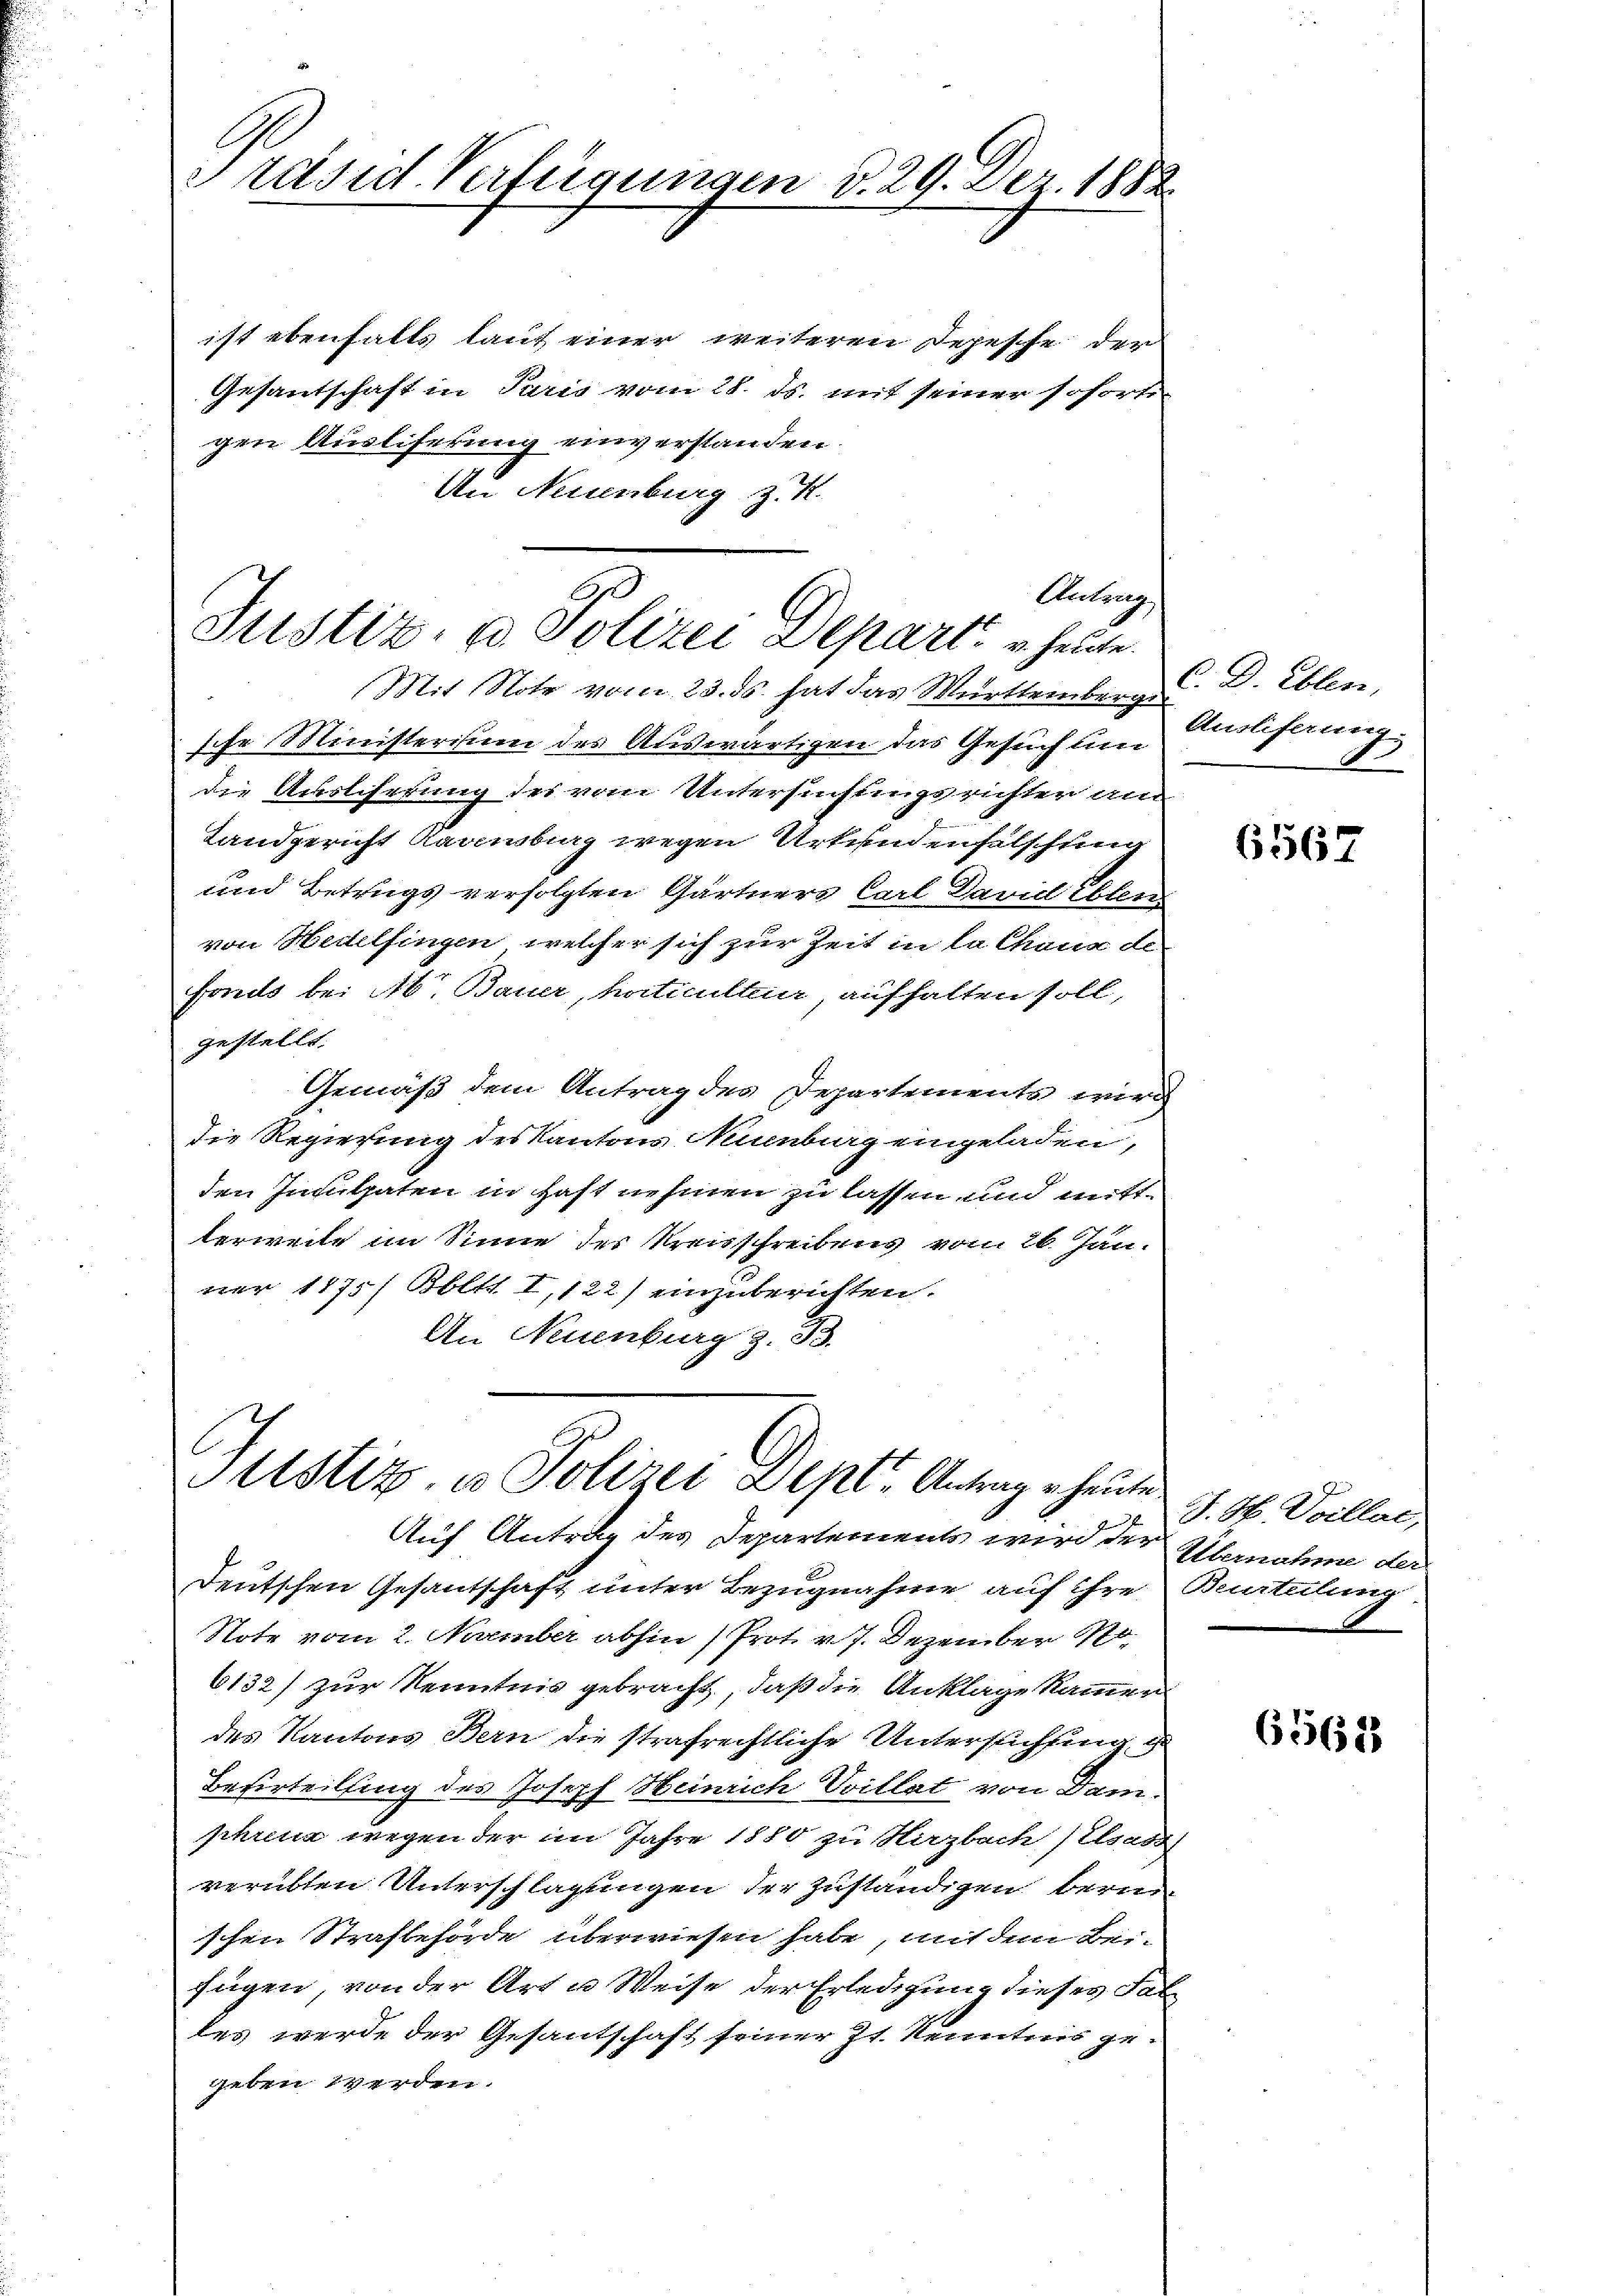
rasid. Verfügungen d. 29. Dez. 1882.

ist ebenfalls laut einer weiteren Depesche der
Gesandschaft in Paris vom 28. ds. mit seiner soforti
gen Ausliferung einverstanden
An Neuenburg z. R.

Antrag
Justiz, v. Polizei Depart. u. heute
Mit Note vom 23. ds. hat das Württemberge

sche Ministerium des Auswärtigen das Gesuch um
die Ausscherung des vom Untersuchungsrichter am
Landgericht Karnburg wegen Urkundenfalschung
und Betrugs verfolgten Gärtners Carl Pavid Eben
von Wedelfingen, welcher sich zur Zeit in la Chaux de
Fondo bei Ab. Bana, Articultier, aufhalten soll,
gestellt.
Gemäß dem Antrag des Departements wird
die Regierung des Kantons Munburgengeladen,
den Inculpaten in Haft nehmen zu lassen und mitt-
lerweile im Sinne der Kreisschreibens vom 26. Jan.
wer 1175 Rbl. I, 122) einzuberichten.
An Neuenburg z. B.

Sustiz, u. Polizei Sept. Antrag heute
Auf Antrag des Separtements wird der

C. D. Ellen,
Auslieferung

Deutschen Gesandschaft unter Bezugnahme auf ihre
Note vom 2. November abhin (Prot. v. J. Dezember so-
6132) zur Kenntnis gebracht, daß die Anklage kammen
des Kantons Bern die strafrechtliche Untersuchtung g
Beurteilung des Joseph Heinrich Villat von Dam.
schen wegen der im Jahre 1880 zu Hirzbach Elsass
verübten Unterschlagungen der zuständigen bern
schen Strafbehörde überwiesen habe, mit dem Bei-
fügen, von der Art u Weise der Erledigung dieses Fal
les werde der Gesantschaft seiner Zt. Kenntnis ge-
geben werden.

6567

S. H. Villac,
Ulmahme der
Beurteilung

6565